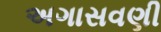
અગાસવણી